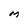
Character: M